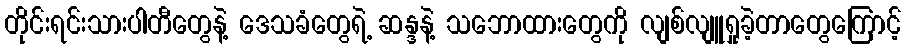
တိုင်းရင်းသားပါတီတွေနဲ့ ဒေသခံတွေရဲ့ ဆန္ဒနဲ့ သဘောထားတွေကို လျစ်လျူရှုခဲ့တာတွေကြောင့်